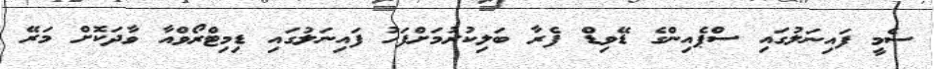
ސެމީ ފައިނަލުގައި ސްޕެއިންގެ ޑޭވިޑް ފެރާ ބަލިކުރުމަށްފަހު ފައިނަލުގައި ޑިމިޓްރޯވްއާ ވާދަކޮށް މަރޭ